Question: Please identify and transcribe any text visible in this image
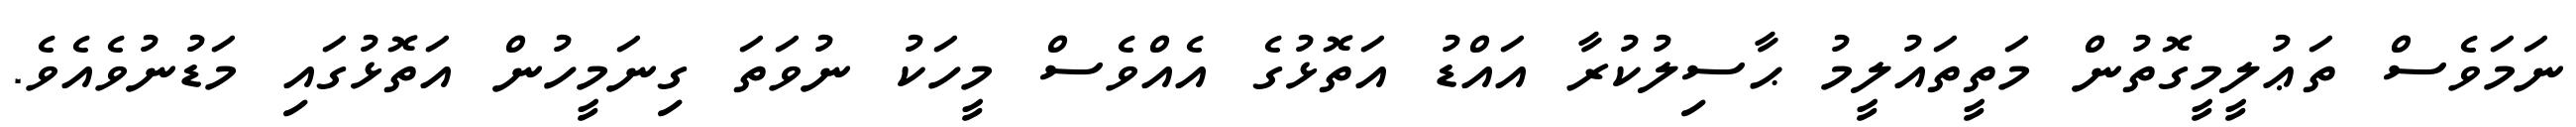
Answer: ނަމަވެސް ތަޢުލީމީގޮތުން މަތީތައުލީމު ޙާސިލުކުރާ އައްޑު އަތޮޅުގެ އެއްވެސް މީހަކު ނުވަތަ ގިނަމީހުން އަތޮޅުގައި މަޑުނުވެއެވެ.